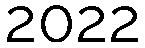
2022